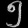
Digit: ၅